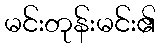
မင်းတုန်းမင်း၏